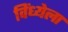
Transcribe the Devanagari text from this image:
विंध्येला